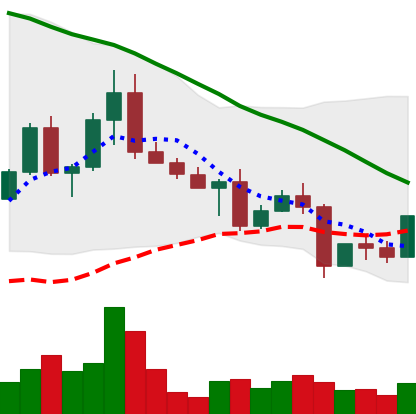
Ticker: EOS-USD
Chart end date: 2022-05-04
Forward return: -24.019%
Label: down_7plus